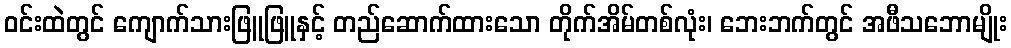
ဝင်းထဲတွင် ကျောက်သားဖြူဖြူနှင့် တည်ဆောက်ထားသော တိုက်အိမ်တစ်လုံး၊ ဘေးဘက်တွင် အဖီသဘောမျိုး